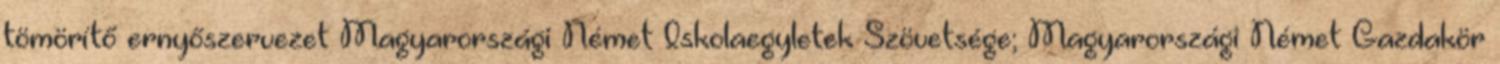
tömörítő ernyőszervezet Magyarországi Német Iskolaegyletek Szövetsége; Magyarországi Német Gazdakör